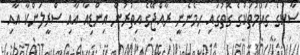
ސާކުގެ ގައުމުތަކުގެ ގޮތުގައި ހިމެނެނީ ރާއްޖޭގެ އިތުރުން އިންޑިއާ އާއި ސްރީލަންކާ އާއި